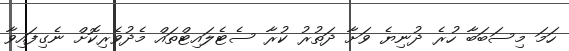
ހަމަ މިސަބަބާ ހުރެ ދުނިޔެ ވަށާ ދަތުރު ކުރާ ސެޓެލައިޓްތައް މެދުވެރިކޮށް ނެގިފައިވާ